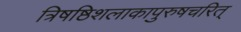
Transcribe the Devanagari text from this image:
त्रिषष्ठिशलाकापुरुषचरित्